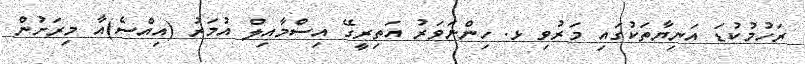
ރަހުމުކުޑަ އަނިޔާތަކުގައި މަރުވި ޅ. ހިންނަވަރު އަތިރީގޭ އިސްމާއިލް އުމަރު (އިއްސެ)އާ މިރަށުން